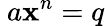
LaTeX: \ a\mathbf{x}^{n}=q